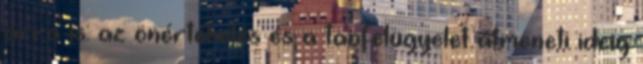
arra is: az önértékelés és a tanfelügyelet átmeneti ideig